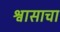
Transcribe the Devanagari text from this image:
श्वासाचा